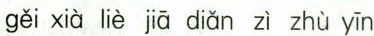
gěi xià liè jiā diǎn zì zhù yīn